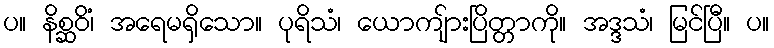
ပ။ နိစ္ဆဝိံ၊ အရေမရှိသော။ ပုရိသံ၊ ယောကျ်ားပြိတ္တာကို။ အဒ္ဒသံ၊ မြင်ပြီ။ ပ။